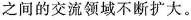
之间的交流领域不断扩大。